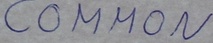
Text: COMMON